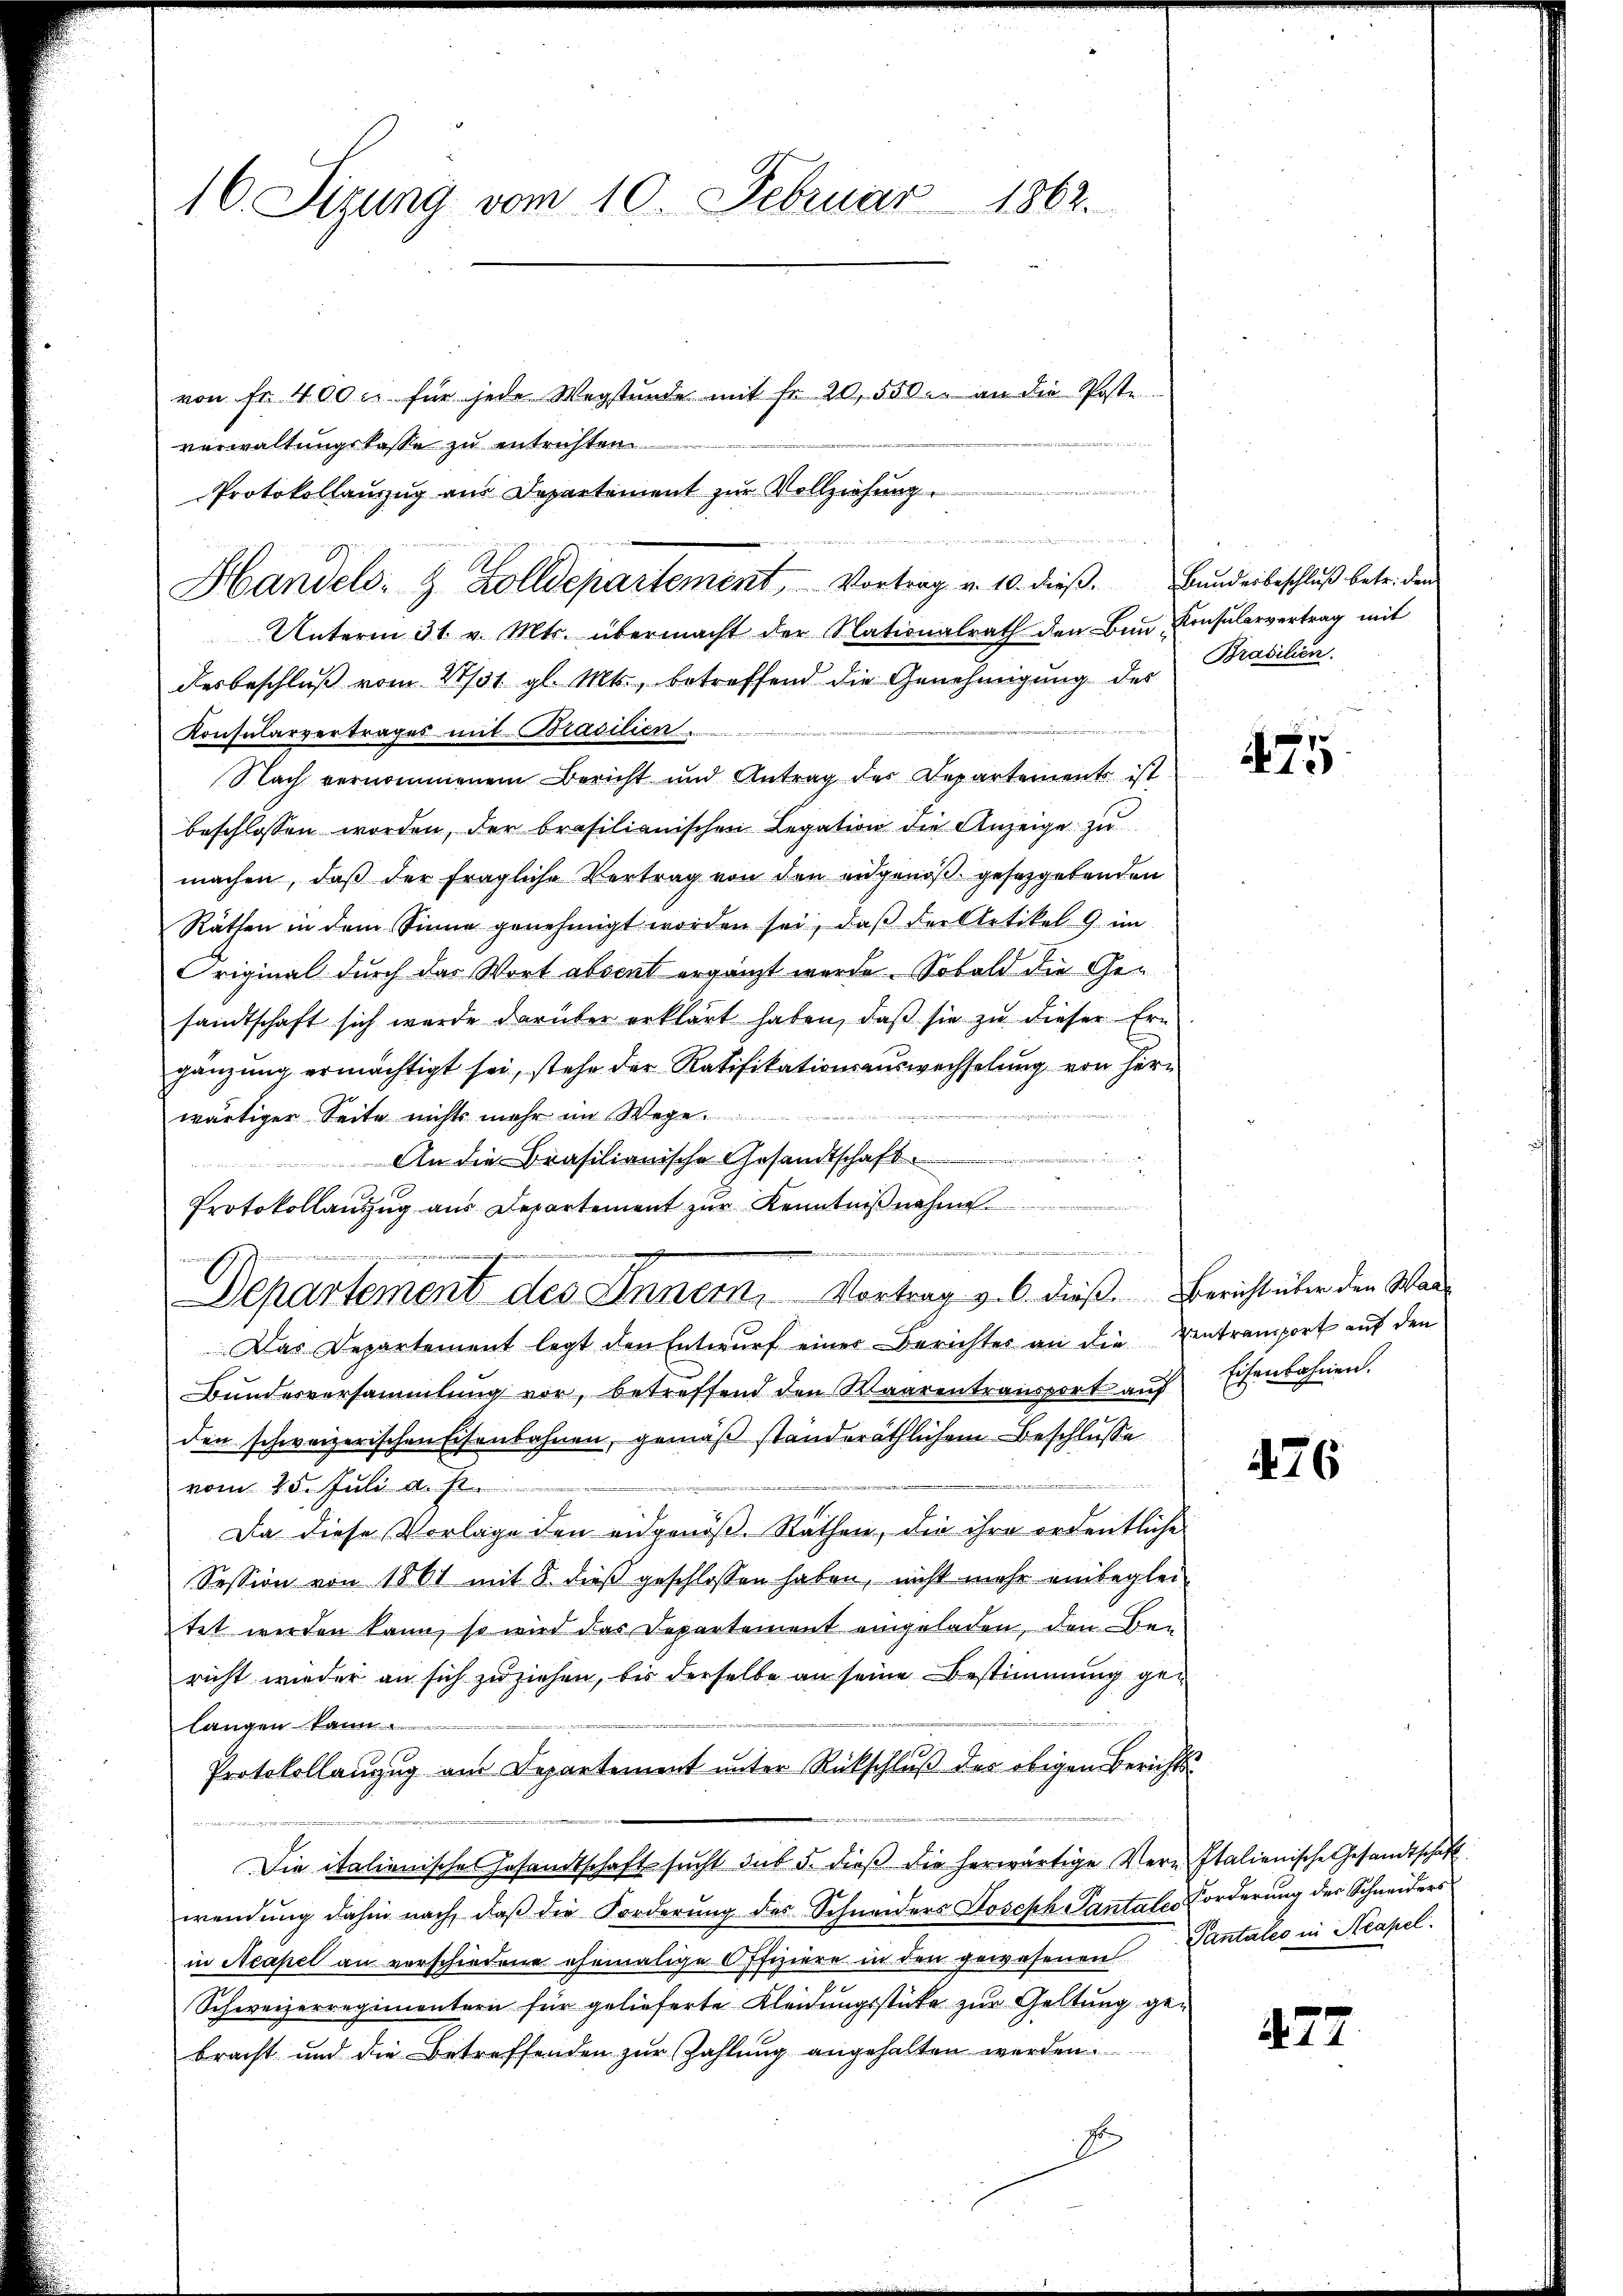
16. Sizung vom 10. Februar 1862.

Handels- & Zolldepartement, Vortrag v. 10. dieß. Bunderbeschluß betr. den

von fr. 400 c. für jede Wegstunde mit fr. 20,550. an die Poste.
verwaltungskasse zu entrichten.
Protokollanzug am Departement zur Vollziehung.
Unterm 31. v. Mts. übermacht der Nationalrath den Ban Konsularvertrag mit
desbeschluß vom 28/31. gl. Mts., betreffend die Genehmigung des
Konsularvertrages mit Brasilien.
Nach vernommenem Bericht und Antrag des Departements ist
beschlossen worden, der brasilianischen Legation die Anzeige zu
machen, daß der fragliche Vertrag von den eidgenöß gesetzgebenden
Räthen in dem Sinne genehmigt worden sei, daβ der Artikel 9 im
Original durch das Wort absent ergänzt wurde. Sobald die Gesandtschaft sich werde darüber erklärt haben, daβ sie zŭ dieser Ern
gänzung ermächtigt sei, stehe der Ratifikationsauswechselung von herwärtiger Seite nichts mehr im Wege.
An die Brasilianische Gesandtschaft
Protokollauszug aus Departement zur Kenntnißnahme
Departement des Innern, Vortrag v. 6. dieß. Bericht über den War¬
Das Departement legt den Entwurf einer Berichter an die Vertramport auf den
Bŭndesversammlung vor, betreffend den Waarentransport aŭf Eisenbahnen.
den schweizerischen Eisenbahnen, gemäß standeräthlichem Beschlusse
vom 25. Juli d. J.
Da diese Vorlage den eidgenöß. Räthen, die ihre ordentliche
Session von 1861 mit 8. dieß geschlossen haben, nicht mehr einbeglei-
tet werden kann, so wird das Departement eingeladen, den Bericht wieder an sich zuziehen, bis derselbe an seine Bestimmung gelangen kann.
Protokollanzug aus Departement unter Rückschluß des obigen Berichts¬
Die italienische Gesandtschaft sŭcht sub 5. dieβ die herwärtige Vern-Italienische Gesandtschaft
wendŭng dahin nach, daβ die Forderŭng des Schneiders Joseph Pantale Forderŭng der Schneiders
in Neapel an verschiedene ehemalige Offiziere in den gewesenen Cantales in Neapel.
Schweizerregimentern für gelieferte Kleidungsstücke zur Geltung gebracht und die Betreffenden zur Zahlung angehalten werden.
E

u

ntner in der Wert und

Brasilien.

475

476

427.